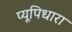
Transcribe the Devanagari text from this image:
प्यूपिधारा